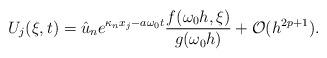
LaTeX: \begin{align*}U_j(\xi,t) = \hat{u}_n e^{\kappa_n x_j-a\omega_{0} t} \frac{f(\omega_{0} h,\xi)}{g(\omega_{0} h)} + \mathcal{O}(h^{2p+1}).\end{align*}